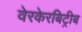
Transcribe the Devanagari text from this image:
वेरकेरबिट्रीब